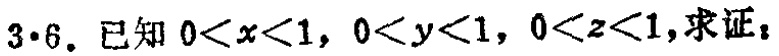
$3\cdot6.$ 已知 \(0 < x < 1\)，\(0 < y < 1\)，\(0 < z < 1\)，求证：